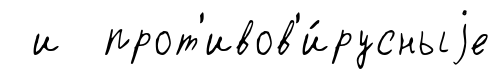
и прот'ивов'и́русныjе